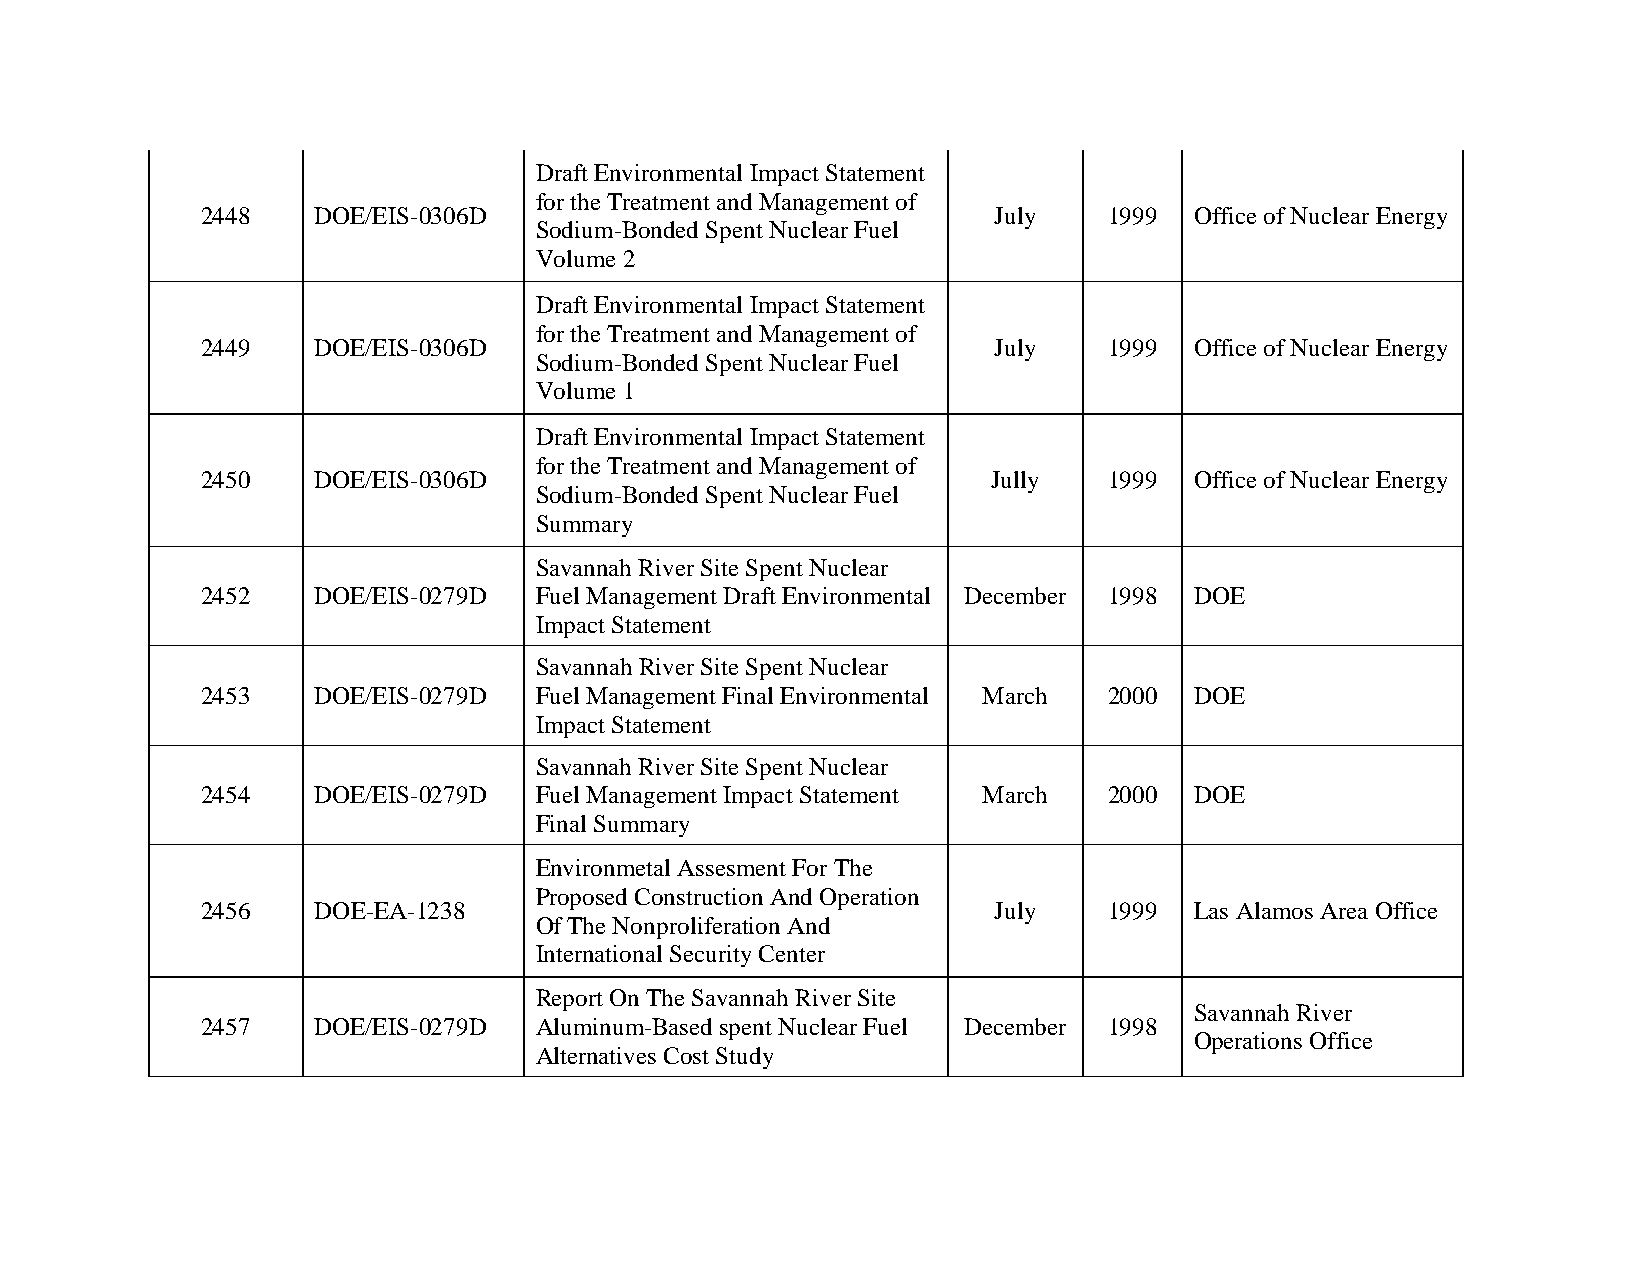
Draft Environmental Impact Statement
 for the Treatment and Management of
 2448    DOE/EIS-0306D                                July   1999  Office of Nuclear Energy
 Sodium-Bonded Spent Nuclear Fuel
 Volume 2
 Draft Environmental Impact Statement
 for the Treatment and Management of
 2449    DOE/EIS-0306D                                July   1999  Office of Nuclear Energy
 Sodium-Bonded Spent Nuclear Fuel
 Volume 1
 Draft Environmental Impact Statement
 for the Treatment and Management of
 2450    DOE/EIS-0306D                                Jully  1999  Office of Nuclear Energy
 Sodium-Bonded Spent Nuclear Fuel
 Summary
 Savannah River Site Spent Nuclear
 2452    DOE/EIS-0279D Fuel Management Draft Environmental December 1998 DOE
 Impact Statement
 Savannah River Site Spent Nuclear
 2453    DOE/EIS-0279D Fuel Management Final Environmental March 2000 DOE
 Impact Statement
 Savannah River Site Spent Nuclear
 2454    DOE/EIS-0279D Fuel Management Impact Statement March 2000 DOE
 Final Summary
 Environmetal Assesment For The
 Proposed Construction And Operation
 2456    DOE-EA-1238                                  July   1999  Las Alamos Area Office
 Of The Nonproliferation And
 International Security Center
 Report On The Savannah River Site
 Savannah River
 2457    DOE/EIS-0279D Aluminum-Based spent Nuclear Fuel December 1998
 Operations Office
 Alternatives Cost Study